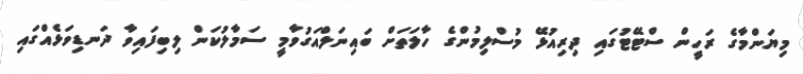
މިޔަންމާގެ ރަހީން ސްޓޭޓުގައި ދިރިއުޅޭ މުސްލިމުންގެ ހާލަތަށް ބައިނަލްއަގުވާމީ ސަމާލުކަން ލިބިފައިވާ ދަނޑިވަޅެއްގައި